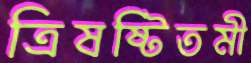
ত্রিষষ্টিতমী